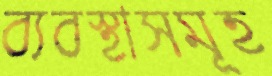
ব্যবস্থাসমূহ